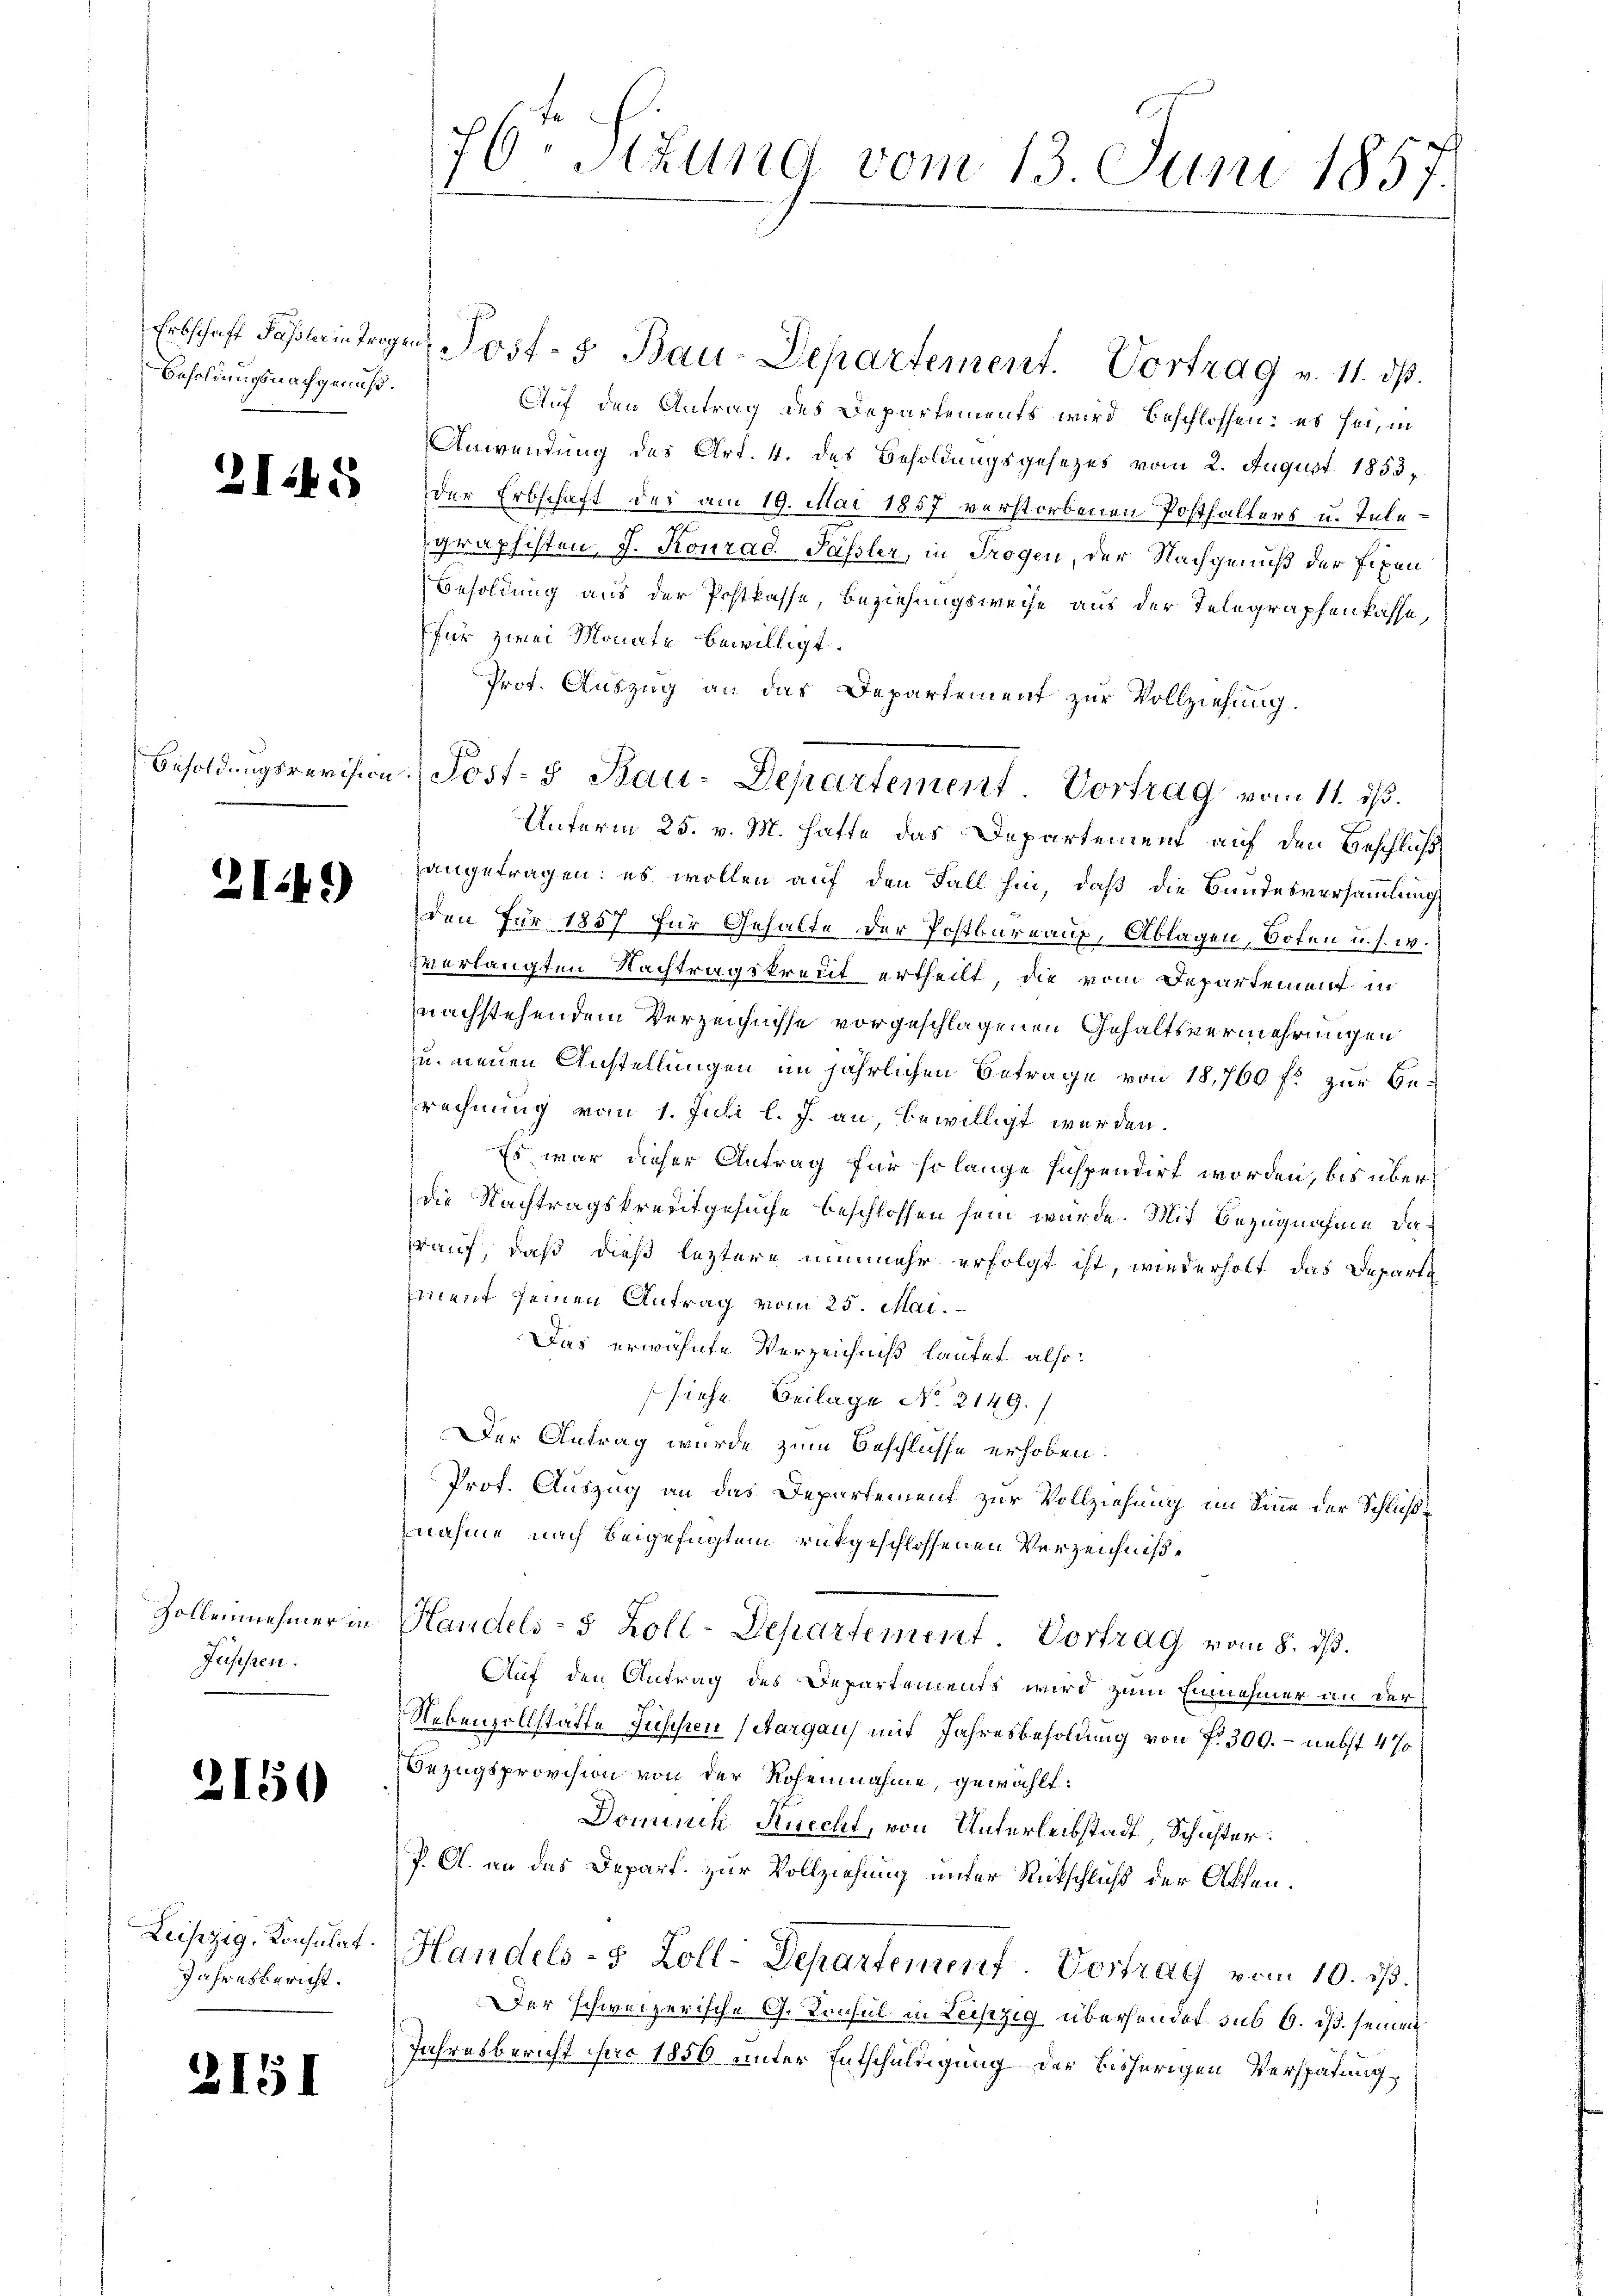
Besoldungsnachgenuß.

315

2149)

Zollennehmer in
Jüssen.

2150

Leipzig, Konsulat.
Jahresbericht.

2151

76. Sizung vom 13. Juni 1857.

Erbschaft Fasteintragen Post- 5. Bau-Departement. Vortrag v. 11. ds.
Auf den Antrag des Departements wird beschlossen: es sei, in
Anwendung des Art. 4. des Besoldungsgesezes vom 2. August 1853,
der Erbschaft der am 19. Mai 1857 verstorbenen Posthalters u. Telegraphisten, J. Konrad. Passler, in Trogen, der Nachgenuß der fixen
Besoldung aus der Postkasse, Beziehungsweise aus der Telegraphenkasse,
für zwei Monate bewilligt.
Prot. Auszug an das Departement zur Vollziehung.
Unterm 25. v. M. hatte das Departement auf den Beschluß
angetragen: es wollen auf den Fall hin, daß die Bundesversammlung
den für 1857 für Gehalte der Postbare auf, Ablagen, Boten u. s. w.
verlangten Nachtragskreut ertheilt, die vom Departement in
nachstehendem Verzeichnisse vorgeschlagenen Gehaltsvermehrungen
zu neuen Anstellungen im jährlichen Betrage von 18,760 fl zur Berechnung vom 1. Juli l. J. an, bewilligt werden.
Es war dieser Antrag für so lange suspendirt worden, bis überdie Nachtragskreutgesuche beschlossen sein würde. Mit Bezugnahme darauf, daß dieß letztere nunmehr erfolgt ist, wiederholt das Departe
ement seinen Antrag vom 25. Mai.
Das erwähnte Verzeichniß lautet also:
siche Beilage No. 2149.)
Der Antrag wurde zum Beschlusse erhoben.
Prot. Auszug an das Departement zur Vollziehung im Sinne der Schlußnahme nach beigefügten rükgeschlossenen Verzeichniße
Handels- 5 Zoll-Departement Vortrag vom 8. dß.
Auf den Antrag des Departements wird zum Einnehmer an der
Nebenzollstatte Fischen Aargau) mit Jahresbesoldung von fr. 300. - nebst 4%
Bezugsprovision von der Rohennahme, gewählt:
Dominik Knecht, von Unterleibstadt, Schichter:
P. A. an das Depart zur Vollziehung unter Rückschluß der Akten.
Handels- 5 Zoll-Departement. Vortrag vom 10. ds.
Der schweizerische G. Konsul in Leipzig überhandet sub 6. ds. seinen
Jahresbericht sei 1856 unter Entschuldigung der bisherigen Verspätung

Besoldungsrevision Post- & Bau-Departement. Vortrag vom 11. ist.